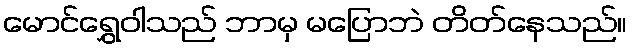
မောင်ရွှေဝါသည် ဘာမှ မပြောဘဲ တိတ်နေသည်။